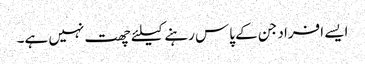
ایسے افراد جن کے پاس رہنے کیلئے چھت نہیں ہے۔